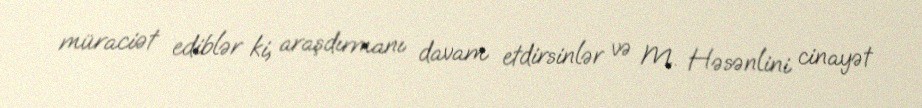
müraciət ediblər ki, araşdırmanı davam etdirsinlər və M. Həsənlini cinayət